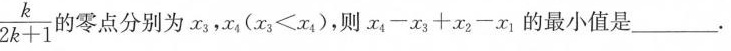
\frac { k } { 2 k + 1 }$$的零点分别为x_{3}，x_{4}($$x _ { 3 } < x _ { 4 }$$)，则$$x _ { 4 } - x _ { 3 } + x _ { 2 } - x _ { 1 }$$的最小值是___.